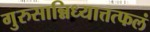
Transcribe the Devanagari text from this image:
गुरुसान्निध्यात्तत्फलं